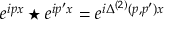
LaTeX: e ^ { i p x } \star e ^ { i p ^ { \prime } x } = e ^ { i \Delta ^ { ( 2 ) } ( p , p ^ { \prime } ) { x } }